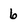
Character: 6